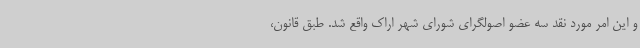
و این امر مورد نقد سه عضو اصولگرای شورای شهر اراک واقع شد. طبق قانون،